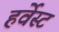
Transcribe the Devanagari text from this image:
हर्वेस्ट